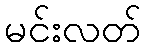
မင်းလတ်